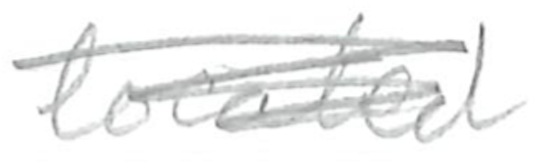
Text: located
Cross-out: scratch
Writing tool: pencil